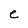
Character: e